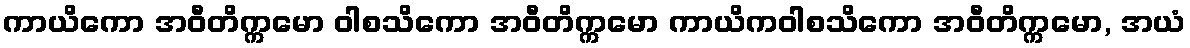
ကာယိကော အဝီတိက္ကမော ဝါစသိကော အဝီတိက္ကမော ကာယိကဝါစသိကော အဝီတိက္ကမော, အယံ